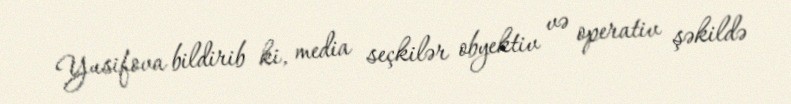
Yusifova bildirib ki, media seçkilər obyektiv və operativ şəkildə